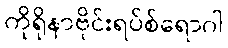
ကိုရိုနာဗိုင်းရပ်စ်ရောဂါ